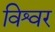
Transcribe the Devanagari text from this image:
विश्वर